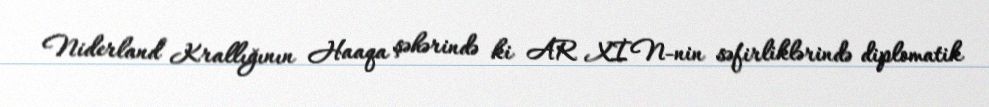
Niderland Krallığının Haaqa şəhərində ki AR XİN-nin səfirliklərində diplomatik